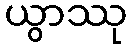
ယွာဿု